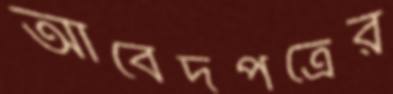
আবেদপত্রের